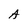
Character: A